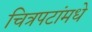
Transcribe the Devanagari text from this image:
चित्रपटांमधे